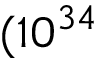
( 1 0 ^ { 3 4 }